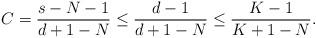
LaTeX: \begin{align*}C=\frac{s-N-1}{d+1-N} \le \frac{d-1}{d+1-N} \le \frac{K-1}{K+1-N}.\end{align*}